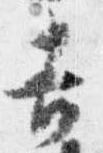
吉